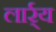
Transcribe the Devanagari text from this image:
लार्र्य